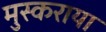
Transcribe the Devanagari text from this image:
मुस्कराया